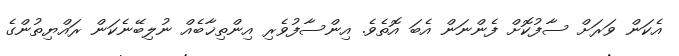
އެކަން ވަރަށް ސާފުކޮށް ފެންނަން އެބަ އޮތެވެ. އިންސާފުވެރި އިންތިޚާބެއް ނުލިބޭނެކަން ރައްޔިތުންގެ